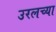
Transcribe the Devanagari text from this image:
उरलच्या